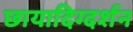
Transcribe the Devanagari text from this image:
छायादिग्दर्शन